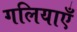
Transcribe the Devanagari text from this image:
गलियाएँ